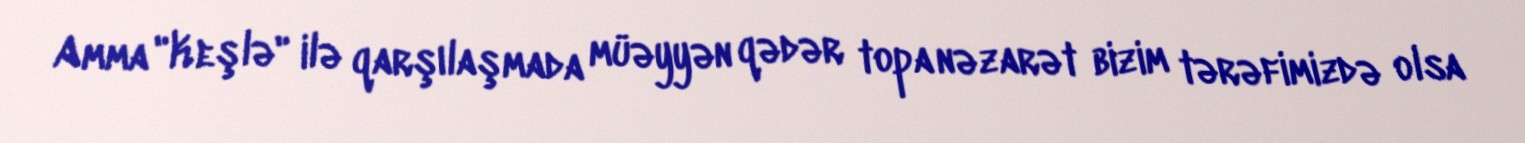
Amma "Keşlə" ilə qarşılaşmada müəyyən qədər topa nəzarət bizim tərəfimizdə olsa